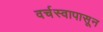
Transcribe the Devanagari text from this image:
वर्चस्वापासून